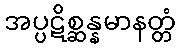
အပ္ပဋိစ္ဆန္နမာနတ္တံ